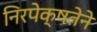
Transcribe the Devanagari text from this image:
निरपेक्षतेने